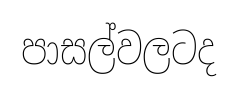
පාසල්වලටද